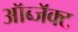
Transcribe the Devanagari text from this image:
ऑब्जॅक्ट